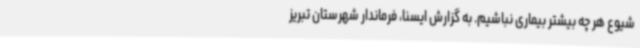
شیوع هر چه بیشتر بیماری نباشیم. به گزارش ایسنا، فرماندار شهرستان تبریز